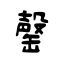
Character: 罄